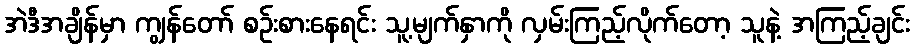
အဲဒီအချိန်မှာ ကျွန်တော် စဉ်းစားနေရင်း သူ့မျက်နှာကို လှမ်းကြည့်လိုက်တော့ သူနဲ့ အကြည့်ချင်း